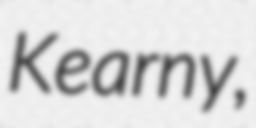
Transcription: Kearny,